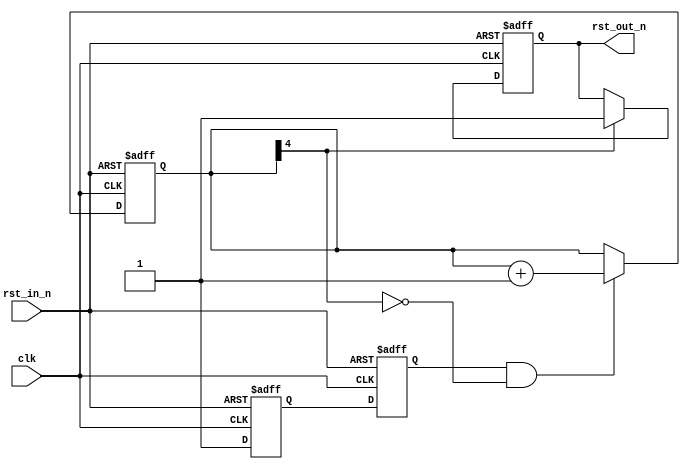
module resetter(

	clk,

	rst_in_n,

	rst_out_n );

parameter RST_CNT_SIZE = 4;


	input clk;

	input rst_in_n; // input of external asynchronous reset

	output rst_out_n; // output of end-synchronized reset (beginning is asynchronous to clock)
	reg    rst_out_n;



	reg [RST_CNT_SIZE:0] rst_cnt; // one bit more for counter stopping

	reg rst1_n,rst2_n;



`ifdef SIMULATE
	initial
	begin
		rst_cnt = 0;
		rst1_n = 1'b0;
		rst2_n = 1'b0;
		rst_out_n = 1'b0;
	end
`endif


	always @(posedge clk, negedge rst_in_n)
	if( !rst_in_n ) // external asynchronous reset
	begin
		rst_cnt <= 0;
		rst1_n <= 1'b0;
		rst2_n <= 1'b0;
		rst_out_n <= 1'b0; // this zeroing also happens after FPGA configuration, so also power-up reset happens
	end
	else // clocking
	begin
		rst1_n <= 1'b1;
		rst2_n <= rst1_n;

		if( rst2_n && !rst_cnt[RST_CNT_SIZE] )
		begin
			rst_cnt <= rst_cnt + 1;
		end

		if( rst_cnt[RST_CNT_SIZE] )
		begin
			rst_out_n <= 1'b1;
		end
	end


endmodule